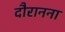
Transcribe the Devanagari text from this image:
दौरानना